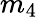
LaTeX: m_{4}